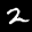
Label: 2